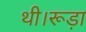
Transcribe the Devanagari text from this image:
थी।रूड़ा